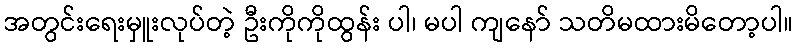
အတွင်းရေးမှူးလုပ်တဲ့ ဦးကိုကိုထွန်း ပါ၊ မပါ ကျနော် သတိမထားမိတော့ပါ။